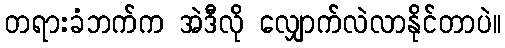
တရားခံဘက်က အဲဒီလို လျှောက်လဲလာနိုင်တာပဲ။